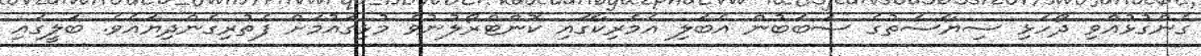
ގެންގުޅުއްވި ދޯހަޅި ސިޔާސަތުގެ ސަބަބުން އެބަލި އެމެރިކާގައި ކޮންޓްރޯލުނުވެ މުޅިގައުމަށް ފެތުރިގެންދިޔައެވެ. ބަލީގައި